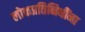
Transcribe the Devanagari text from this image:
लोकप्रतिनिधींना